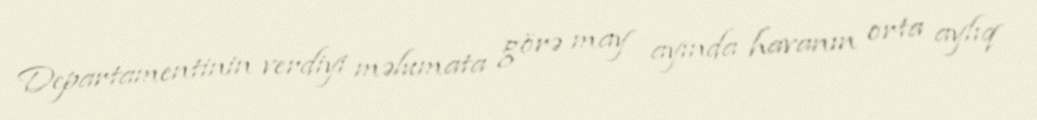
Departamentinin verdiyi məlumata görə may ayında havanın orta aylıq